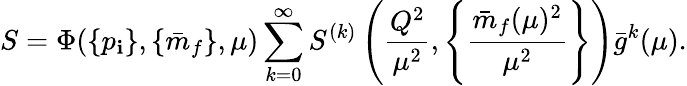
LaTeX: S=\Phi(\{ p_{\mathbf{i}}\} ,\{ \bar{{m}}_{f}\} ,\mu)\sum_{k=0}^{\infty}S^{(k)}\left(\frac{{Q^{2}}}{{\mu^{2}}},\left\{ \frac{{\bar{{m}}_{f}(\mu)^{2}}}{{\mu^{2}}}\right\} \right)\bar{{g}}^{k}(\mu).